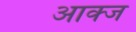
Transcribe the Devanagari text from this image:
आक्ज